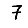
Digit: 7